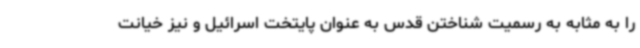
را به مثابه به رسمیت شناختن قدس به عنوان پایتخت اسرائیل و نیز خیانت